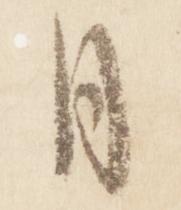
月